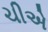
ચીએ